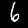
Digit: 6